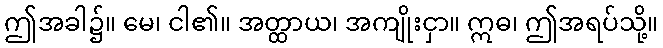
ဤအခါ၌။ မေ၊ ငါ၏။ အတ္ထာယ၊ အကျိုးငှာ။ ဣဓ၊ ဤအရပ်သို့။